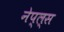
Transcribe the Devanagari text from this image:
नेप्ल्स